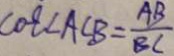
\cos \angle A C B = \frac { A B } { B C }